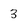
Character: 3